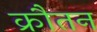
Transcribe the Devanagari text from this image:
क्रौतन